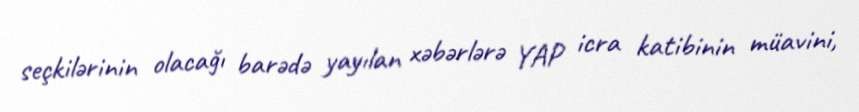
seçkilərinin olacağı barədə yayılan xəbərlərə YAP icra katibinin müavini,